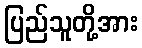
ပြည်သူတို့အား